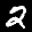
Label: 2